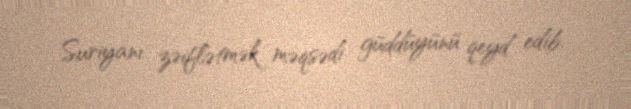
Suriyanı zəiflətmək məqsədi güddüyünü qeyd edib.